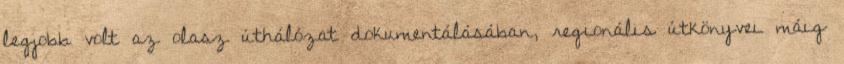
legjobb volt az olasz úthálózat dokumentálásában, regionális útkönyvei máig